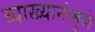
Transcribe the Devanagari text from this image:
व्याख्यानांमुळे